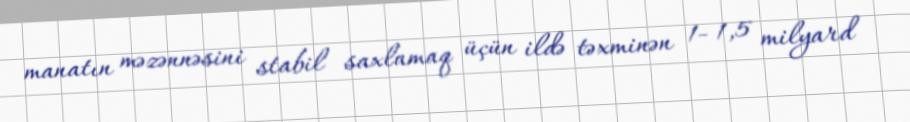
manatın məzənnəsini stabil saxlamaq üçün ildə təxminən 1- 1,5 milyard